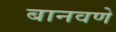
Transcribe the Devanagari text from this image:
बानवणे